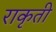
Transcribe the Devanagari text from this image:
राकृती